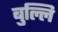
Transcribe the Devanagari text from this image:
बुल्लि